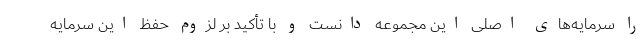
را سرمایه‌های اصلی این مجموعه دانست و با تأکید بر لزوم حفظ این سرمایه